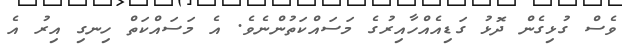
ވެސް ގުޅިގެން ދޮޅު ގަޑިއެއްހާއިރުގެ މަސައްކަތުންނެވެ. އެ މަސައްކަތް ހިނގި އިރު އެ